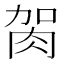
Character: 𦙲